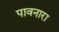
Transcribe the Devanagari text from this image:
पावनारा